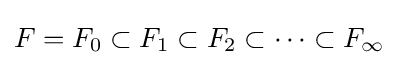
F=F_{0}\subset F_{1}\subset F_{2}\subset \cdots \subset F_{\infty }